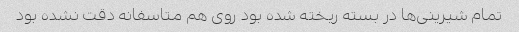
تمام شیرینی‌ها در بسته ریخته شده بود روی هم متاسفانه دقت نشده بود